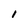
Character: l